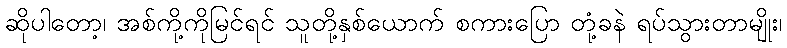
ဆိုပါတော့၊ အစ်ကို့ကိုမြင်ရင် သူတို့နှစ်ယောက် စကားပြော တုံ့ခနဲ ရပ်သွားတာမျိုး၊